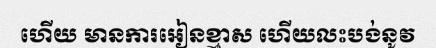
ហើយ មានការអៀនខ្មាស ហើយលះបង់នូវ